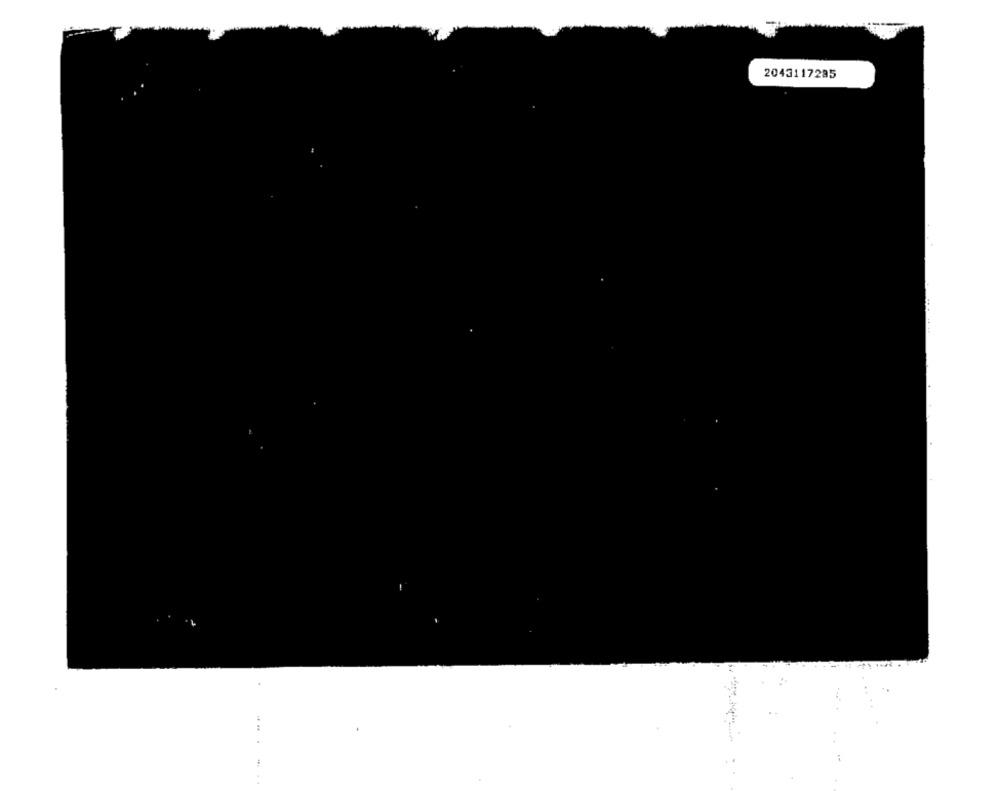
2043117285